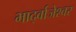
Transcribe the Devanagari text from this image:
भार्द्वाजेश्वर